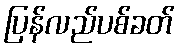
ပြန်လည်ပစ်ခတ်